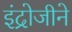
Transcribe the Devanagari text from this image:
इंद्रोजीने